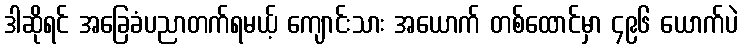
ဒါဆိုရင် အခြေခံပညာတက်ရမယ့် ကျောင်းသား အယောက် တစ်ထောင်မှာ ၄၉၆ ယောက်ပဲ